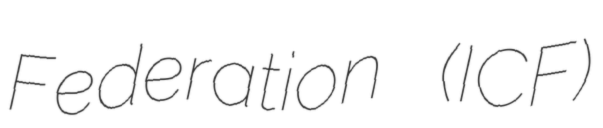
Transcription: Federation (ICF)